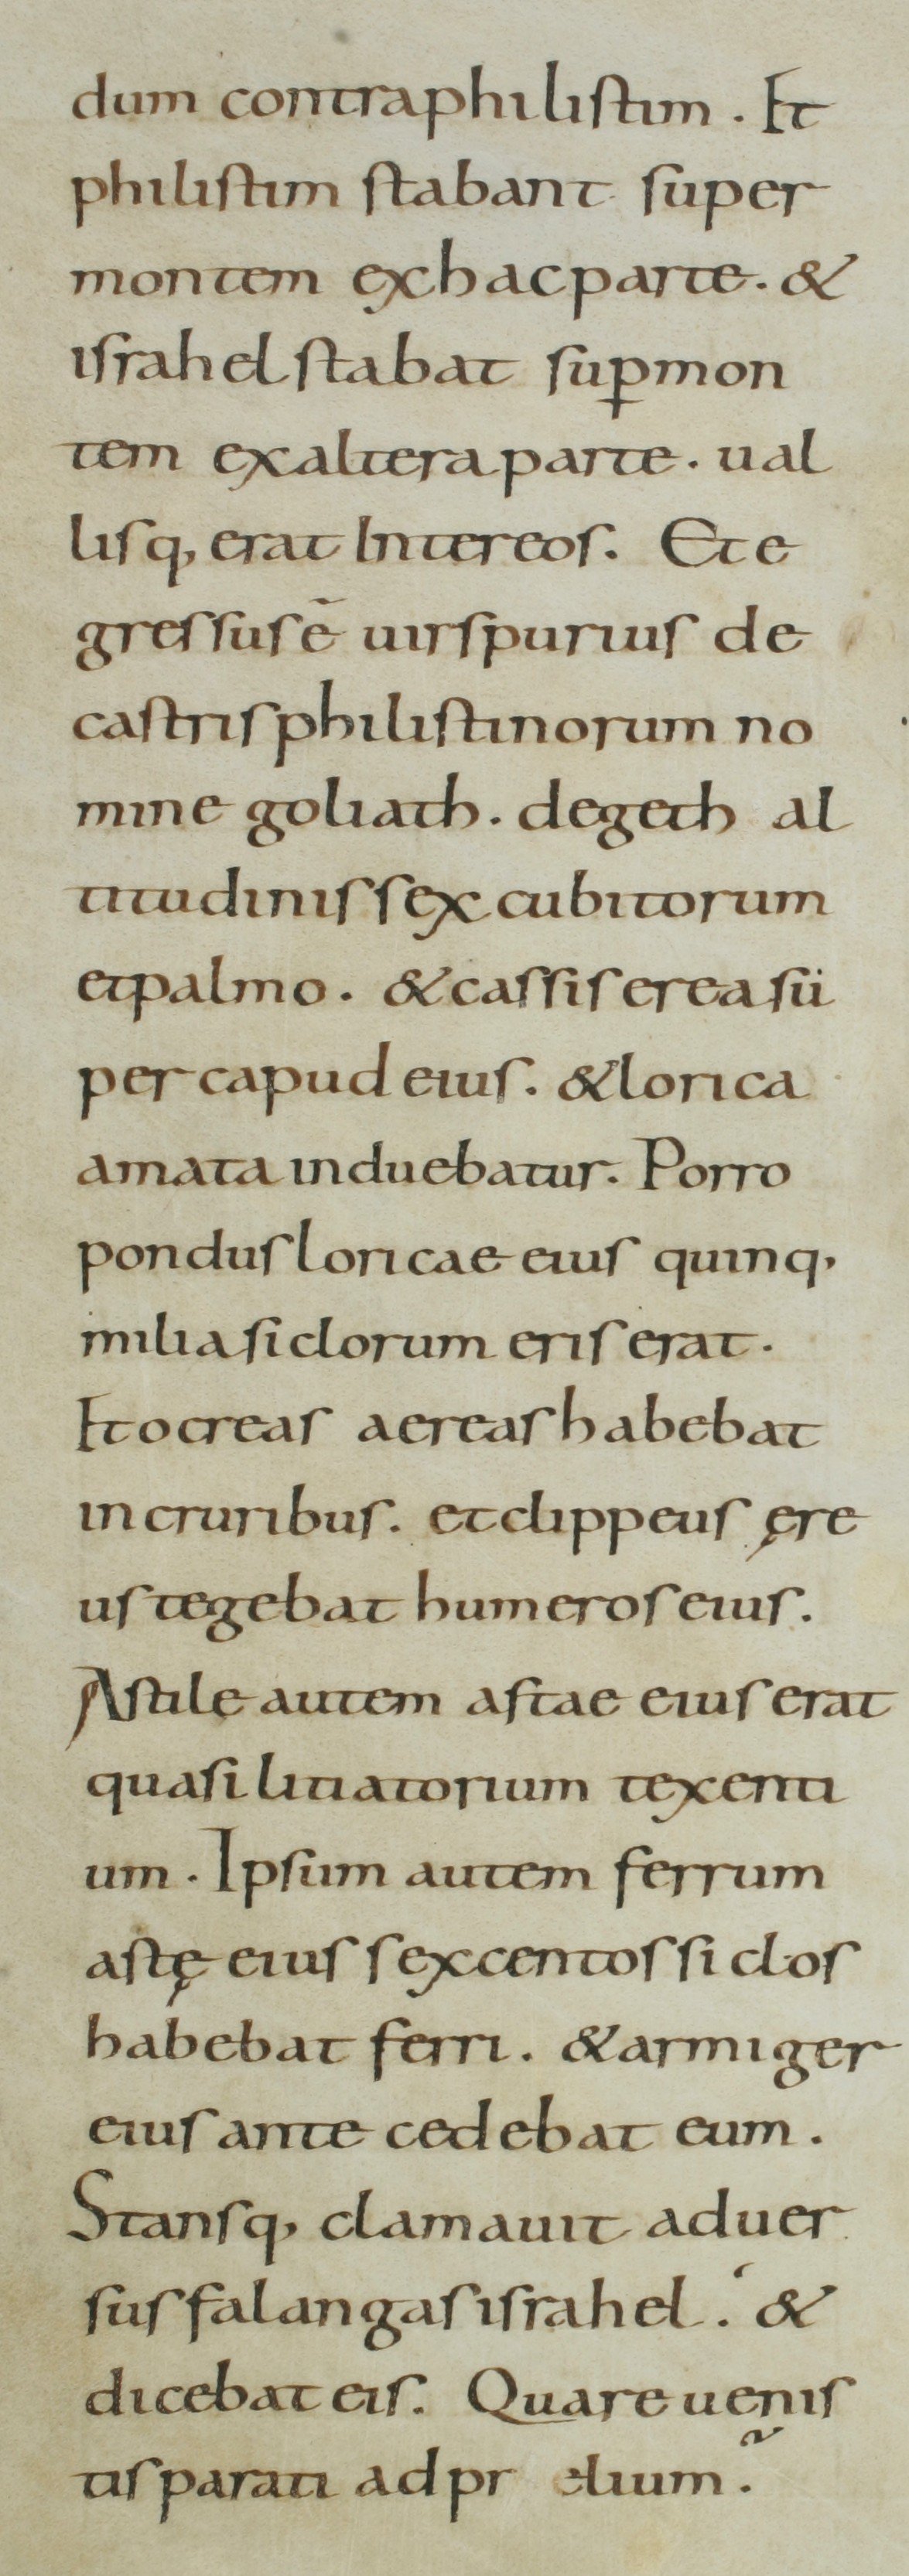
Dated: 800–899